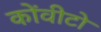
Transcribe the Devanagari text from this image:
कोंवीटो